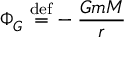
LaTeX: \Phi _ { G } ~ { \stackrel { \mathrm { d e f } } { = } } - { \frac { G m M } { r } }